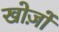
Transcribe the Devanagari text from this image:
खोज़ों